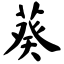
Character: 葵